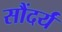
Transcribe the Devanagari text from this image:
सौंदर्यं